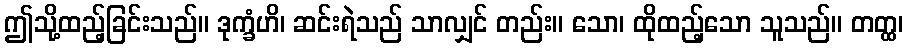
ဤသို့ထည့်ခြင်းသည်။ ဒုက္ခံဟိ၊ ဆင်းရဲသည် သာလျှင် တည်း။ သော၊ ထိုထည့်သော သူသည်။ တတ္ထ၊